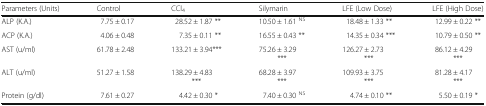
| Parameters (Units) | Control | CCl4 | Silymarin | LFE (Low Dose) | LFE (High Dose) |
 | --- | --- | --- | --- | --- | --- |
 | ALP (K.A.) | 7.75 ± 0.17 | 28.52 ± 1.87 ** | 10.50 ± 1.61 NS | 18.48 ± 1.33 ** | 12.99 ± 0.22 ** |
 | ACP (K.A.) | 4.06 ± 0.48 | 7.35 ± 0.11 ** | 16.55 ± 0.43 ** | 14.35 ± 0.34 *** | 10.79 ± 0.50 ** |
 | AST (u/ml) | 61.78 ± 2.48 | 133.21 ± 3.94*** | 75.26 ± 3.29*** | 126.27 ± 2.73*** | 86.12 ± 4.29*** |
 | ALT (u/ml) | 51.27 ± 1.58 | 138.29 ± 4.83*** | 68.28 ± 3.97*** | 109.93 ± 3.75*** | 81.28 ± 4.17*** |
 | Protein (g/dl) | 7.61 ± 0.27 | 4.42 ± 0.30 * | 7.40 ± 0.30 NS | 4.74 ± 0.10 ** | 5.50 ± 0.19 * |